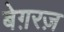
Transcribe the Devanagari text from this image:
बेग़रज़